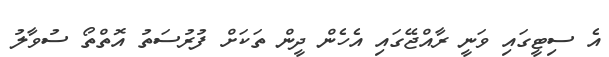
އެ ސިޓީގައި ވަނީ ރާއްޖޭގައި އެހެން ދީން ތަކަށް ފުރުސަތު އޮތްތޯ ސުވާލު